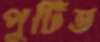
পুটিত